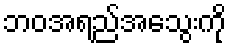
ဘဝအရည်အသွေးကို